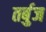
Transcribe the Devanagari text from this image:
तर्बुज